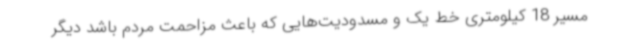
مسیر 18 کیلومتری خط یک و مسدودیت‌هایی که باعث مزاحمت مردم باشد دیگر